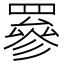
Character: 𦌀